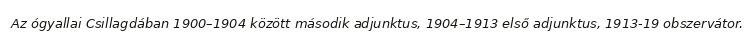
Az ógyallai Csillagdában 1900–1904 között második adjunktus, 1904–1913 első adjunktus, 1913-19 obszervátor.